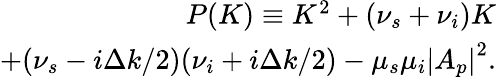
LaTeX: \begin{array}{r}{P(K)\equiv K^{2}+(\nu_{s}+\nu_{i})K}\\ {+(\nu_{s}-i\Delta k/2)(\nu_{i}+i\Delta k/2)-\mu_{s}\mu_{i}\left|A_{p}\right|^{2}.}\end{array}